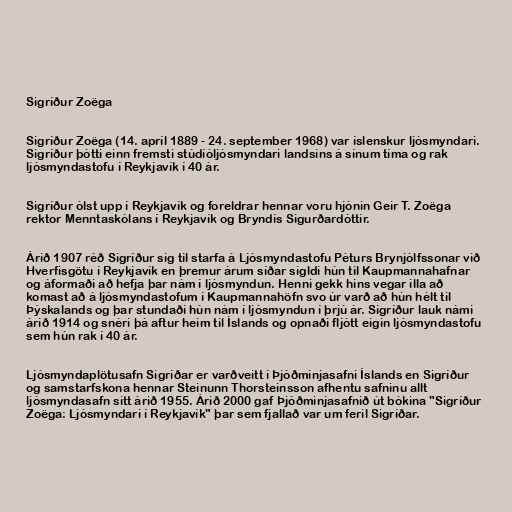
Sigríður Zoëga

Sigríður Zoëga (14. apríl 1889 - 24. september 1968) var íslenskur ljósmyndari.
Sigríður þótti einn fremsti stúdíóljósmyndari landsins á sínum tíma og rak
ljósmyndastofu í Reykjavík í 40 ár.

Sigríður ólst upp í Reykjavík og foreldrar hennar voru hjónin Geir T. Zoëga
rektor Menntaskólans í Reykjavík og Bryndís Sigurðardóttir.

Árið 1907 réð Sigríður sig til starfa á Ljósmyndastofu Péturs Brynjólfssonar við
Hverfisgötu í Reykjavík en þremur árum síðar sigldi hún til Kaupmannahafnar
og áformaði að hefja þar nám í ljósmyndun. Henni gekk hins vegar illa að
komast að á ljósmyndastofum í Kaupmannahöfn svo úr varð að hún hélt til
Þýskalands og þar stundaði hún nám í ljósmyndun í þrjú ár. Sigríður lauk námi
árið 1914 og snéri þá aftur heim til Íslands og opnaði fljótt eigin ljósmyndastofu
sem hún rak í 40 ár.

Ljósmyndaplötusafn Sigríðar er varðveitt í Þjóðminjasafni Íslands en Sigríður
og samstarfskona hennar Steinunn Thorsteinsson afhentu safninu allt
ljósmyndasafn sitt árið 1955. Árið 2000 gaf Þjóðminjasafnið út bókina "Sigríður
Zoëga: Ljósmyndari í Reykjavík" þar sem fjallað var um feril Sigríðar.